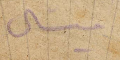
ميشال